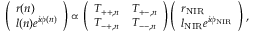
\left( \begin{array} { l } { r ( n ) } \\ { l ( n ) e ^ { i \phi ( n ) } } \end{array} \right) \propto \left( \begin{array} { l l } { T _ { + + , n } } & { T _ { + - , n } } \\ { T _ { - + , n } } & { T _ { -- , n } } \end{array} \right) \left( \begin{array} { l } { r _ { \mathrm { N I R } } } \\ { l _ { \mathrm { N I R } } e ^ { i \phi _ { \mathrm { N I R } } } } \end{array} \right) ,